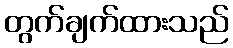
တွက်ချက်ထားသည်